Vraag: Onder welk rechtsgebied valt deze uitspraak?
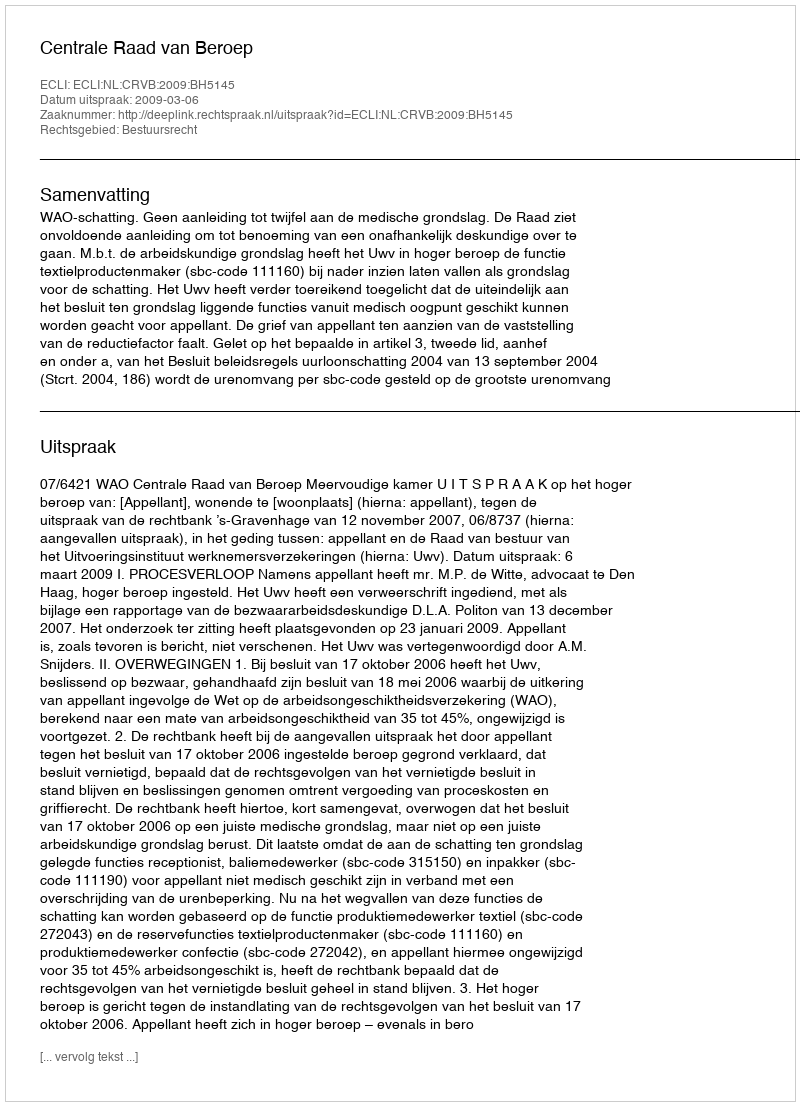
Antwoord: Bestuursrecht